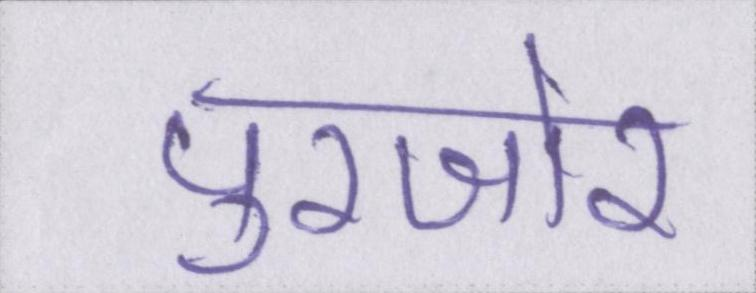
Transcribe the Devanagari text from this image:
पुरजोर